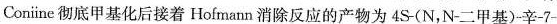
Coniine 彻底甲基化后接着 Hofmann 消除反应的产物为 4S-(N，N-二甲基)-辛-7-